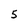
Character: 5